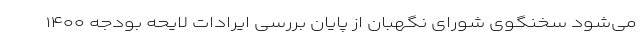
می‌شود سخنگوی شورای نگهبان از پایان بررسی ایرادات لایحه بودجه ۱۴۰۰